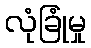
လုံခြုံမှု